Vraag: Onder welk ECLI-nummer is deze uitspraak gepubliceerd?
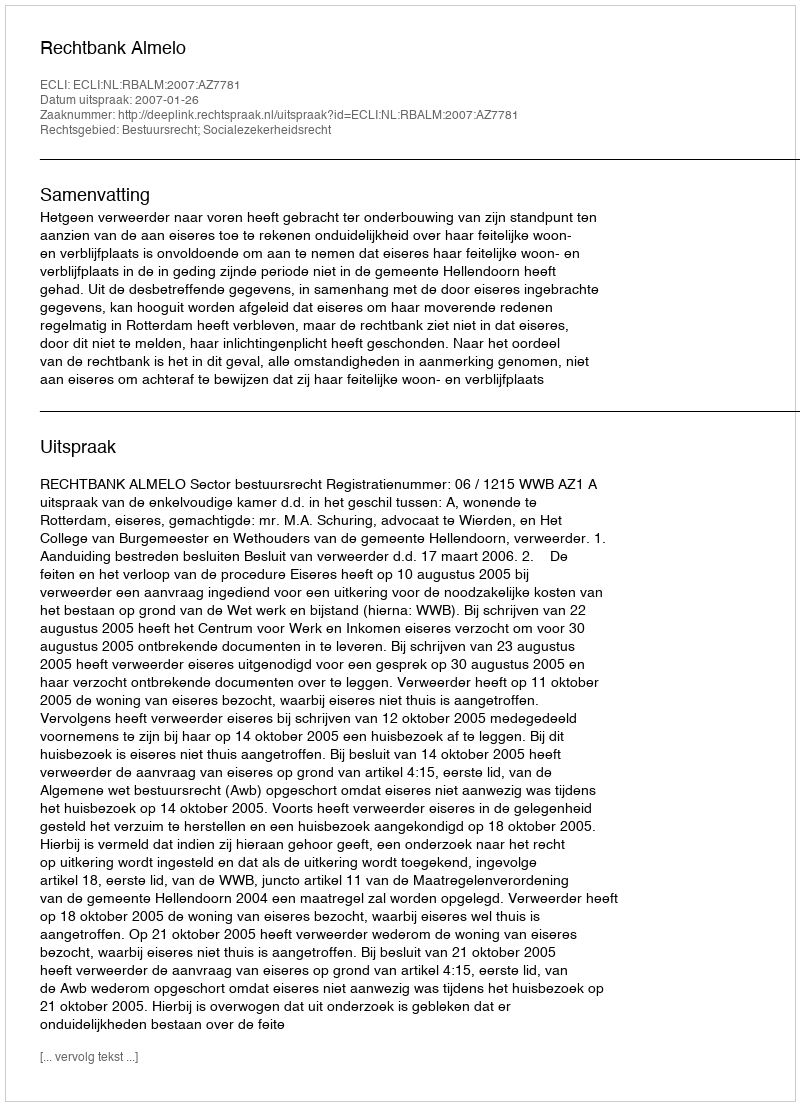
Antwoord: ECLI:NL:RBALM:2007:AZ7781